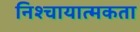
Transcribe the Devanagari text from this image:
निश्चायात्मकता